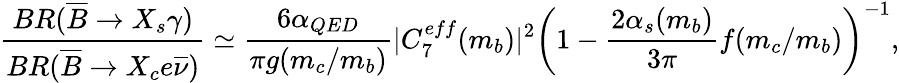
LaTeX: \frac{BR(\overline{{{B}}}\rightarrow X_{s}\gamma)}{BR(\overline{{{B}}}\rightarrow X_{c}e\overline{{{\nu}}})}\simeq\frac{6\alpha_{QED}}{\pi g(m_{c}/m_{b})}|C_{7}^{eff}(m_{b})|^{2}\left(1-\frac{2\alpha_{s}(m_{b})}{3\pi}f(m_{c}/m_{b})\right)^{-1},